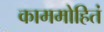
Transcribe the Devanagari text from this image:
काममोहितं